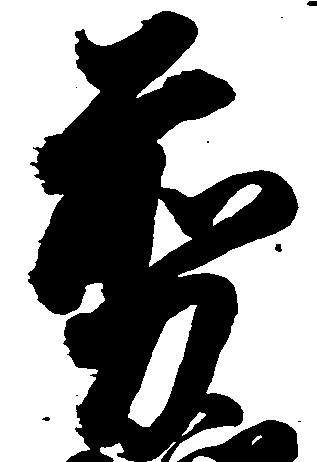
剪